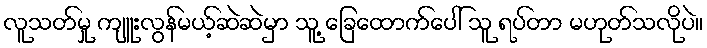
လူသတ်မှု ကျူးလွန်မယ့်ဆဲဆဲမှာ သူ့ ခြေထောက်ပေါ် သူ ရပ်တာ မဟုတ်သလိုပဲ။